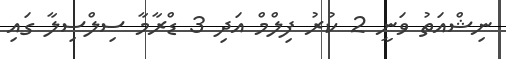
ނިޝްއަތު ވަނީ 2 ކުރު ފިލްމް އަދި 3 ޑްރާމާ ސިލްސިލާ ގައި